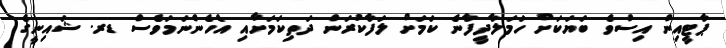
ޕާޓީއިން އިސްވެ ބަޔަކަށް ހަމަލާދީފާނެ ކަމަށް ލަފާކުރަން ދަތިކަމަށާއި އެހެންނަމަވެސް ޑރ. ޝައިނީގެ